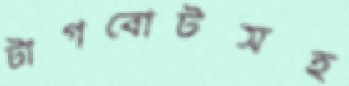
টাগবোটসহ